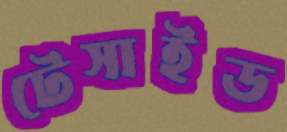
টেসাইড